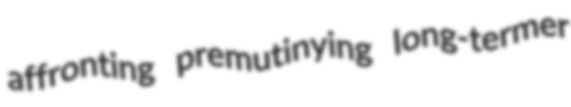
affronting premutinying long-termer